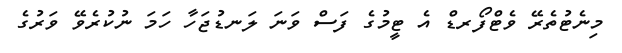
މިނެޓުތެރޭ ވެޓްފޯރޑް އެ ޓީމުގެ ފަސް ވަނަ ލަނޑުޖަހާ ހަމަ ނުކުރެވޭ ވަރުގެ